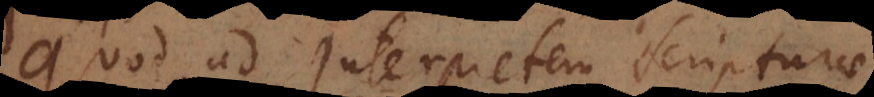
Quod ad interpretem Scripturae